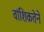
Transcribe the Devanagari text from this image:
वांशिकतेने